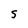
Character: 5